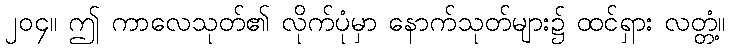
၂၀၄။ ဤ ကာလေသုတ်၏ လိုက်ပုံမှာ နောက်သုတ်များ၌ ထင်ရှား လတ္တံ့။